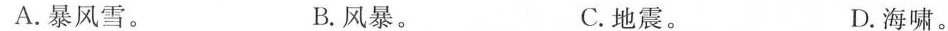
A. 暴风雪。 B. 风暴。 C. 地震。 D. 海啸。